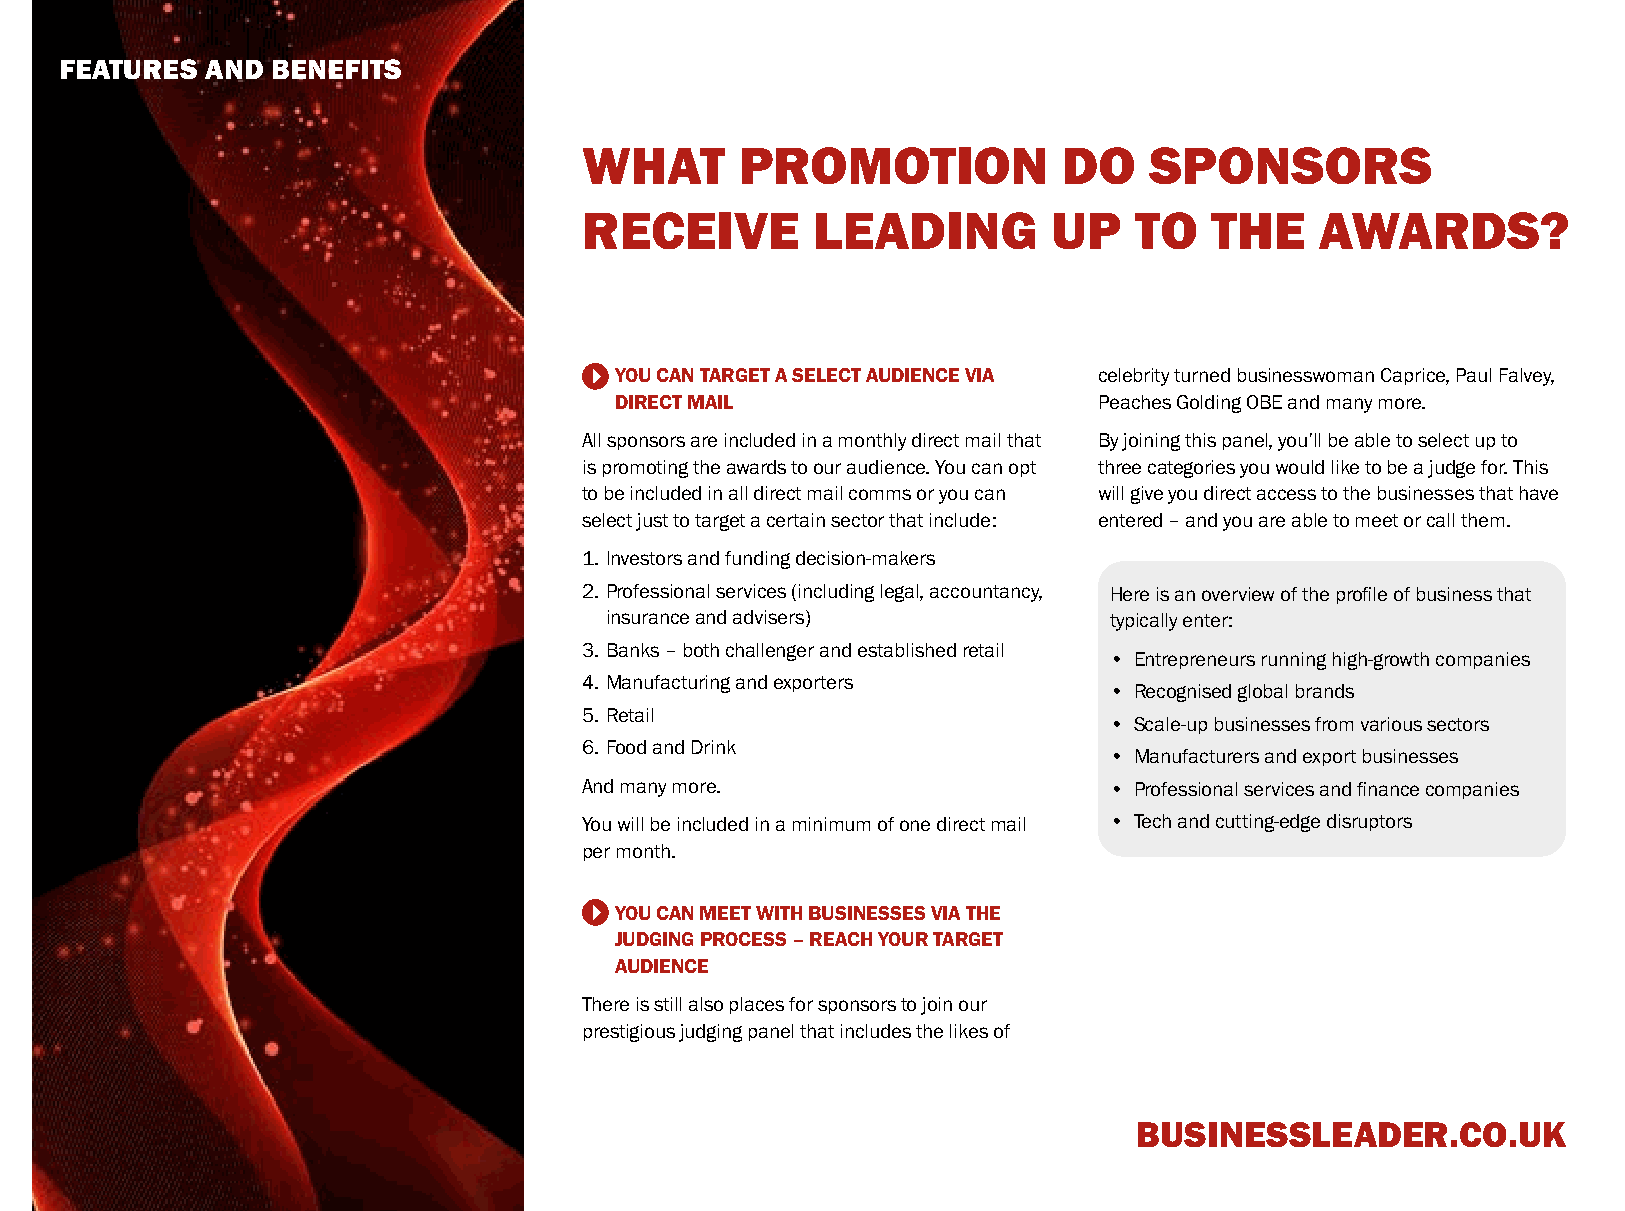
FEATURES  AND BENEFITS
 WHAT      PROMOTION            DO    SPONSORS
 RECEIVE        LEADING         UP   TO   THE    AWARDS?
 YOU CAN TARGET A SELECT AUDIENCE VIA celebrity turned businesswoman Caprice, Paul Falvey,
 DIRECT MAIL                     Peaches Golding OBE and many more.
 All sponsors are included in a monthly direct mail that By joining this panel, you’ll be able to select up to
 is promoting the awards to our audience. You can opt three categories you would like to be a judge for. This
 to be included in all direct mail comms or you can will give you direct access to the businesses that have
 select just to target a certain sector that include: entered – and you are able to meet or call them.
 1. Investors and funding decision-makers
 2. Professional services (including legal, accountancy, Here is an overview of the profile of business that
 insurance and advisers)          typically enter:
 3. Banks – both challenger and established retail
 • Entrepreneurs running high-growth companies
 4. Manufacturing and exporters
 • Recognised global brands
 5. Retail
 • Scale-up businesses from various sectors
 6. Food and Drink
 • Manufacturers and export businesses
 And many more.                    • Professional services and finance companies
 You will be included in a minimum of one direct mail • Tech and cutting-edge disruptors
 per month.
 YOU CAN MEET WITH BUSINESSES VIA THE
 JUDGING PROCESS – REACH YOUR TARGET
 AUDIENCE
 There is still also places for sponsors to join our
 prestigious judging panel that includes the likes of
 BUSINESSLEADER.CO.UK